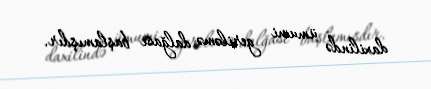
daxilində ümumi geriləmə dalğası başlamışdır.